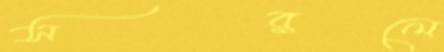
সরলে